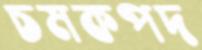
চমকপদ